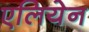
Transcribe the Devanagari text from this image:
एलियेन